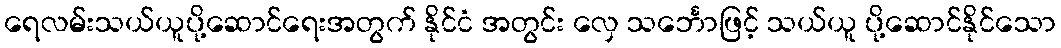
ရေလမ်းသယ်ယူပို့ဆောင်ရေးအတွက် နိုင်ငံ အတွင်း လှေ သင်္ဘောဖြင့် သယ်ယူ ပို့ဆောင်နိုင်သော